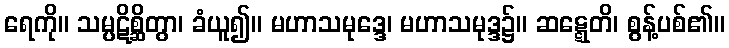
ရေကို။ သမ္ပဋိစ္ဆိတွာ၊ ခံယူ၍။ မဟာသမုဒ္ဒေ၊ မဟာသမုဒ္ဒ၌။ ဆဋ္ဋေတိ၊ စွန့်ပစ်၏။